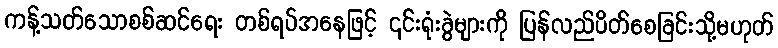
ကန့်သတ်သောစစ်ဆင်ရေး တစ်ရပ်အနေဖြင့် ၎င်းရုံးခွဲများကို ပြန်လည်ပိတ်စေခြင်းသို့မဟုတ်